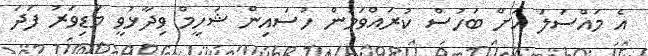
އެ މައްސަލަ އަށް ބަހުސް ކުރައްވަމުން ހުސައިން ޝަހީމް ވިދާޅުވީ މަޑިވަރު ފަދަ